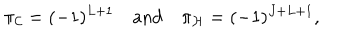
LaTeX: \pi _ { \cal C } = ( - 1 ) ^ { L + 1 } \quad \mathrm { a n d } \quad \pi _ { \cal H } = ( - 1 ) ^ { J + L + 1 } ,